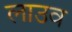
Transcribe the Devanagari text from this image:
लाउव